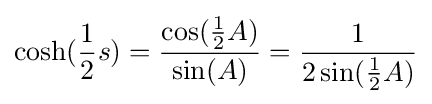
\cosh({\frac {1}{2}}s)={\frac {\cos({\frac {1}{2}}A)}{\sin(A)}}={\frac {1}{2\sin({\frac {1}{2}}A)}}